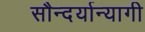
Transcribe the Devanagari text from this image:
सौन्दर्यान्यागी